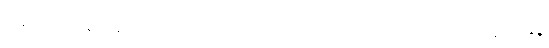
ဖြန့်ကျက်မြန်ဆန်လာစေဖို့အတွက် ဂြိုဟ်တုငယ် အရေအတွက် ရာဂဏန်းကနေ